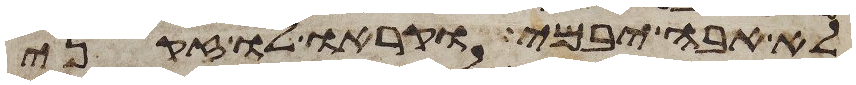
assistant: לא אבה יבמי וקראו לו זקני